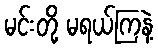
မင်းတို့ မရယ်ကြနဲ့